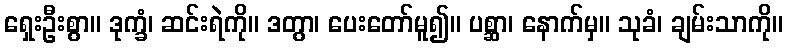
ရှေးဦးစွာ။ ဒုက္ခံ၊ ဆင်းရဲကို။ ဒတွာ၊ ပေးတော်မူ၍။ ပစ္ဆာ၊ နောက်မှ။ သုခံ၊ ချမ်းသာကို။